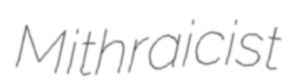
Mithraicist